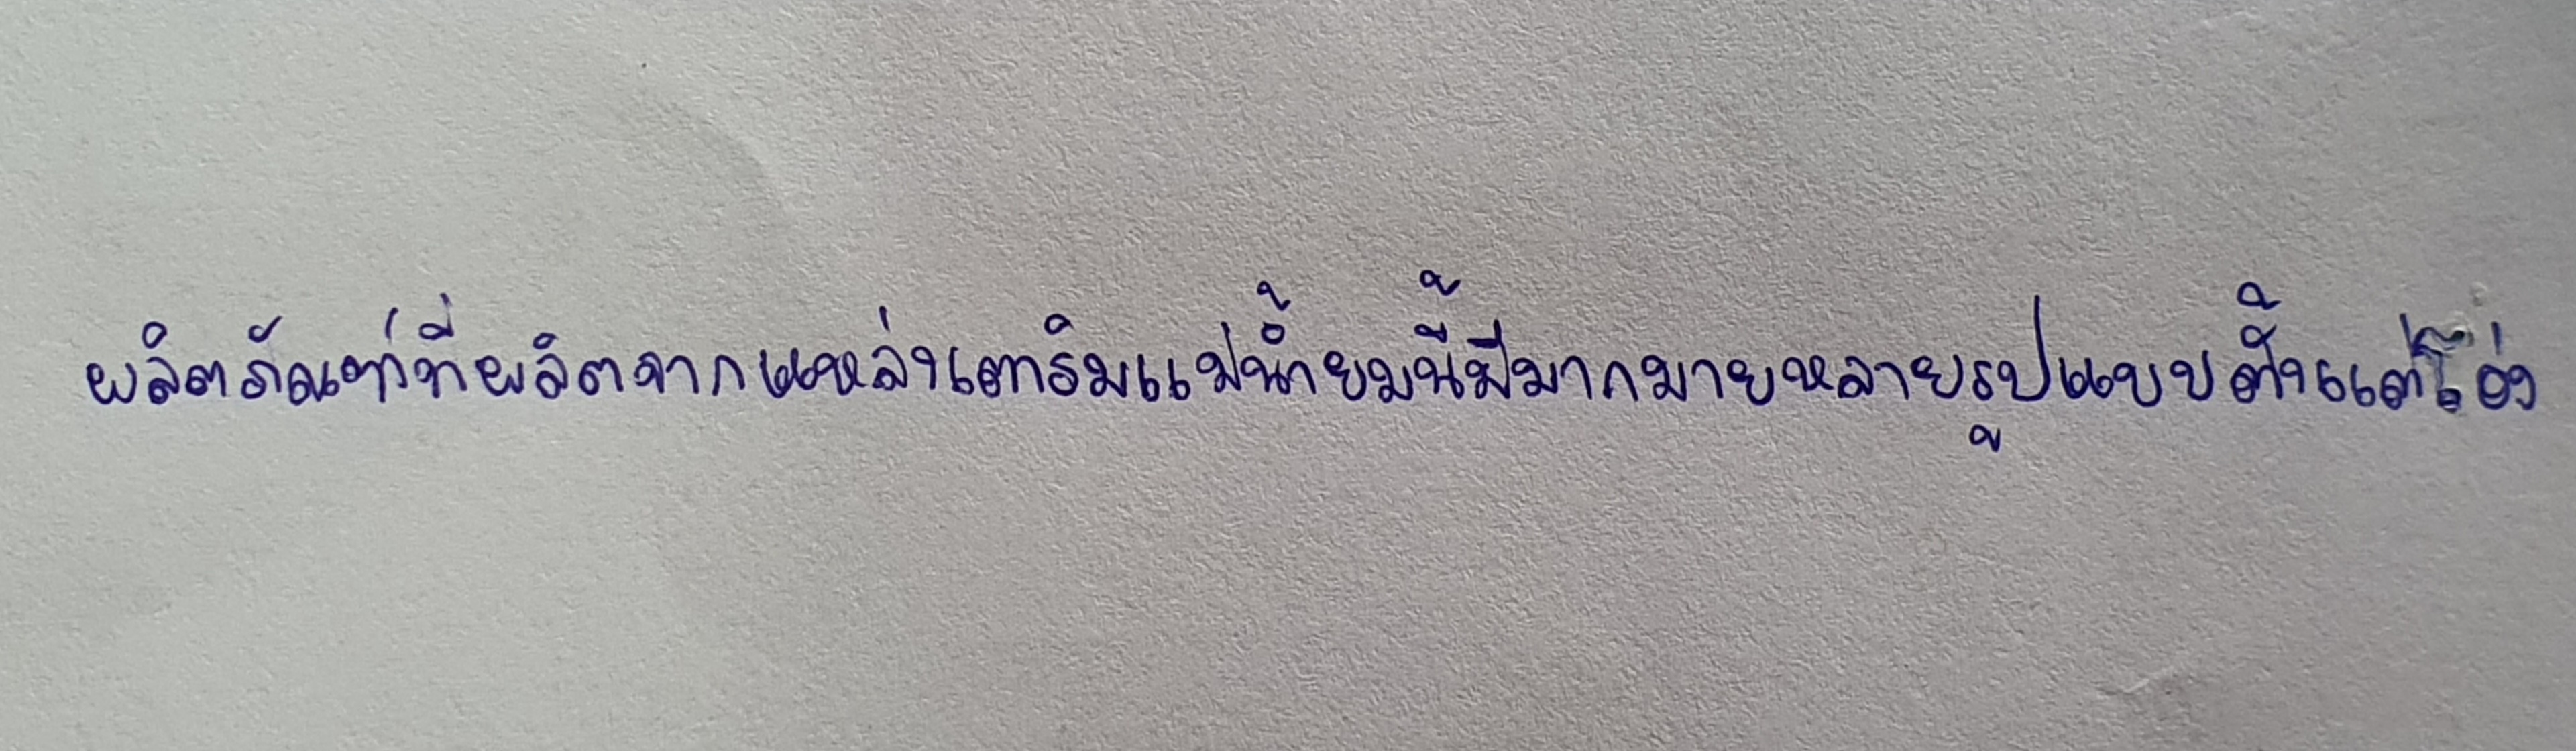
ผลิตภัณฑ์ที่ผลิตจากแหล่งเตาริมแม่น้ำยมนี้มีมากมายหลายรูปแบบตั้งแต่โอ่ง